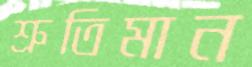
শ্রুতিমান